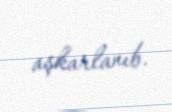
aşkarlanıb.